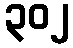
၃၀၂